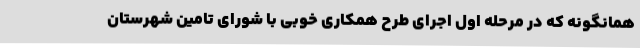
همانگونه که در مرحله اول اجرای طرح همکاری خوبی با شورای تامین شهرستان